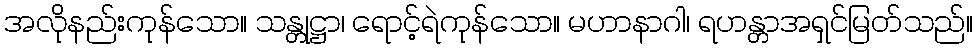
အလိုနည်းကုန်သော။ သန္တုဋ္ဌာ၊ ရောင့်ရဲကုန်သော။ မဟာနာဂါ၊ ရဟန္တာအရှင်မြတ်သည်။